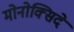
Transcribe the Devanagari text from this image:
मोनोक्सिदे